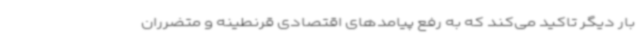
بار دیگر تاکید می‌کند که به رفع پیامدهای اقتصادی قرنطینه و متضرران